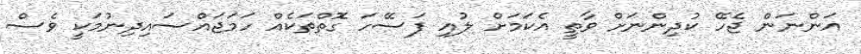
އަންނަން ޖެހޭ ކުދިންނަށް ވާތީ އެކަމަށް ލުއި ފަސޭހަ ގޮތްތަކެއް ހަމަޖައްސައިދިނުމަކީ ވެސް